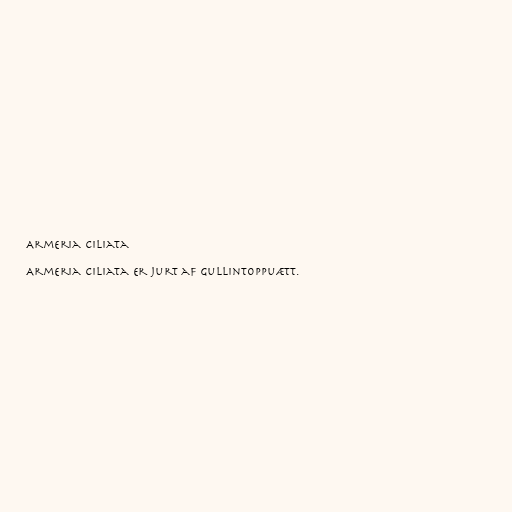
Armeria ciliata

Armeria ciliata er jurt af gullintoppuætt.